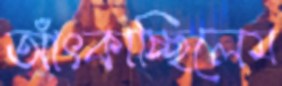
আঁৎকাচ্ছিলেম